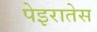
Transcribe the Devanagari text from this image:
पेइरातेस